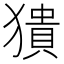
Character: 𤡱